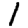
Digit: 1